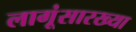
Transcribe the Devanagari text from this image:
लागूंसारख्या